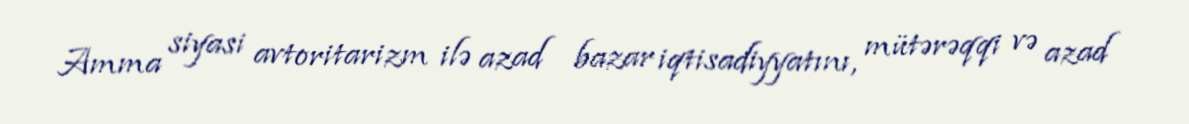
Amma siyasi avtoritarizm ilə azad bazar iqtisadiyyatını, mütərəqqi və azad